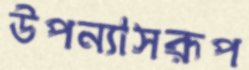
উপন্যাসরূপ